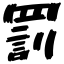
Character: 罰